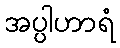
အပ္ပါဟာရံ